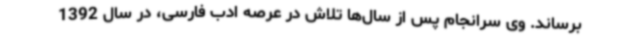
برساند. وی سرانجام پس از سال‌ها تلاش در عرصه ادب فارسی، در سال 1392